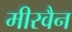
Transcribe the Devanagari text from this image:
मीरवैन